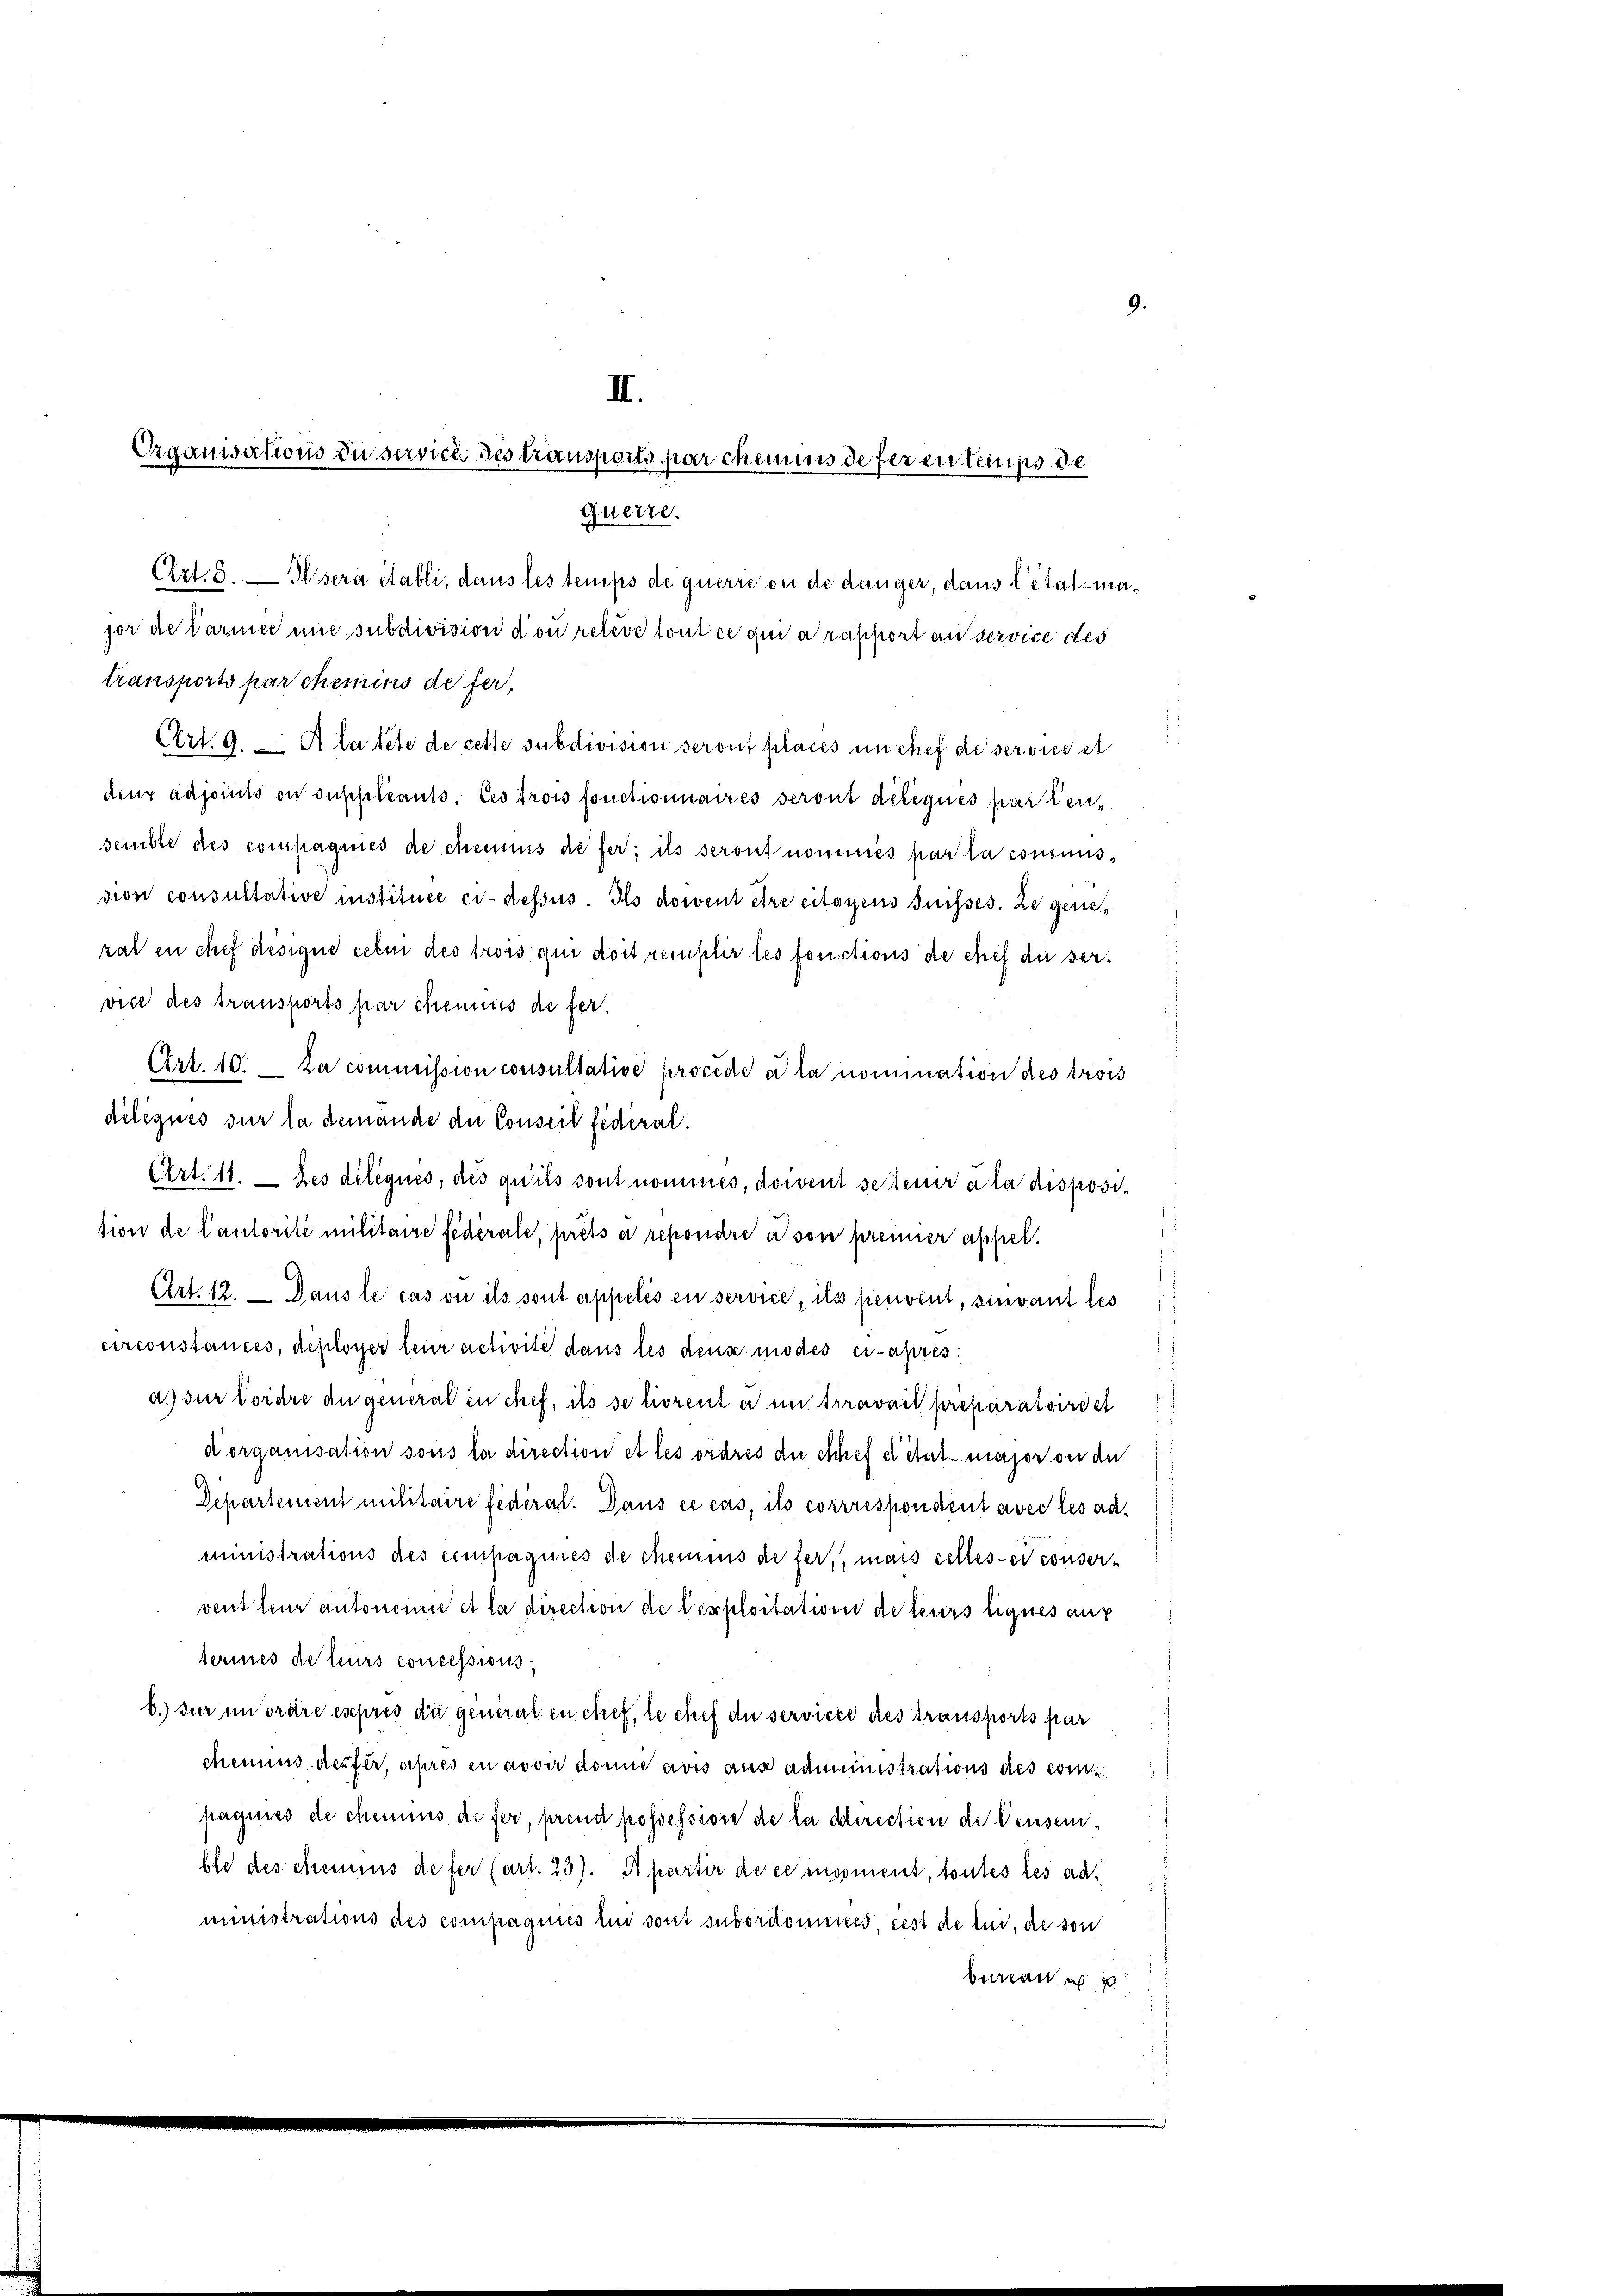
II.
Organisations du servich des transports par chemnis de ferentens die
querre.
Crt. 5. Alsera établi, dans les temps de querre ou de danger, dans l’état major de Carmee eine subdivision don releve tout ce qui a rapport an service des
transports par chemins de fer¬
Art. 9. A latete de cette subdivision seront places un chef de seroidet

9.

deur adjoints ou suppleants. Ces trois fonctionnaires seront deliques partensemble des compagnies de chemnus de fer; ils seront nommes par la commission consultative instituée ci-dessus. Ils docent être citoyens Suisses. ze gensrat en chef désigne cele des trois qui doit remplir les fonctions de chef du serviel des transports par chemnis de fer
Art. 10. La commission consultative procido a la nomination des trois
délégués sur la demande die Conseil fédéral.
Art. 11. — hes délégués, des qu’ils sont nommes, docent se teur à la disposision de Cantorité militaire fédérale, prêts a repondre à son preinier appel¬
Art. 12. — Dans le cas ou ils sont appelis en service, ils fienvent, sinvant les
circonstances, déployer leur activité dans les dens modes ci-apres
a.) zur Vordre du general en chef, ils se liorent er in travail preparatoirdet
dorganisation sous la direction et les ordres du chef d’état major ou de
Departement militaire fédéral. Dans ce cas, ils corrrespondent avec les administrations des compagnies de chemins de fert, mais celles et conservent leur autonomie et la direction de lexploitation de leurs lignes auf
teries de leurs concessions,
b.) Für im oräre esepres die generalen chef, le chef du service des transports par
cheins desser, ihres en assir donne aus aus administrations des compagnies de chemnis de fer, prend possession de la direction de denseible des chemins defer (art. 23). A partir de ce incoment, toutes les ad
ministrations des compagnies bis sont subordommes, cest de lui, die von
bureau